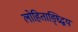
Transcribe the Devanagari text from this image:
लोहिताङ्घ्रिद्वयं